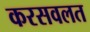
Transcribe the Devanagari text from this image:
करसवलत